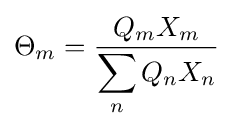
\Theta _{m}={\frac {Q_{m}X_{m}}{\displaystyle \sum _{n}Q_{n}X_{n}}}